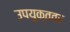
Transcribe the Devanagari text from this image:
उपयुक्ततर